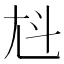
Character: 𡯏